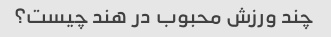
چند ورزش محبوب در هند چیست؟